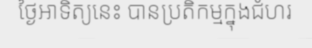
ថ្ងៃអាទិត្យនេះ បានប្រតិកម្មក្នុងជំហរ